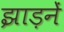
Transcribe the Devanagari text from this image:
झाड़नें